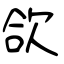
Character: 欱